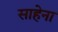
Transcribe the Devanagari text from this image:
साहेना